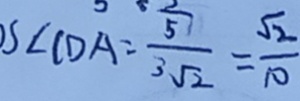
S _ { \angle C D A } = \frac { \frac { 2 } { 5 } } { 3 \sqrt { 2 } } = \frac { \sqrt { 2 } } { 1 0 }